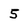
Character: 5